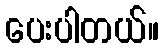
ပေးပါတယ်။